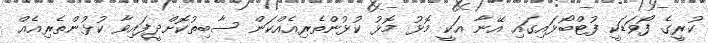
ކުރީގެ ފޯވަޑަކީ ފުޓްބޯޅައިގައި އޭނާ އަކީ މޮޅު މޮޅު ކުޅުންތެރިއެއްކަން ސާބިތުކޮށްދީފައިވާ ކުޅުންތެރިއެއް